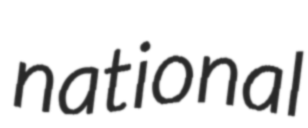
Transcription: national